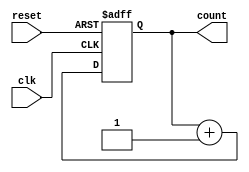
module counter (
    input wire clk,
    input wire reset,
    output reg [7:0] count
);

// Register to store the count value
always @(posedge clk or posedge reset)
begin
    if (reset)
        count <= 8'b00000000;
    else
        count <= count + 1;
end

endmodule